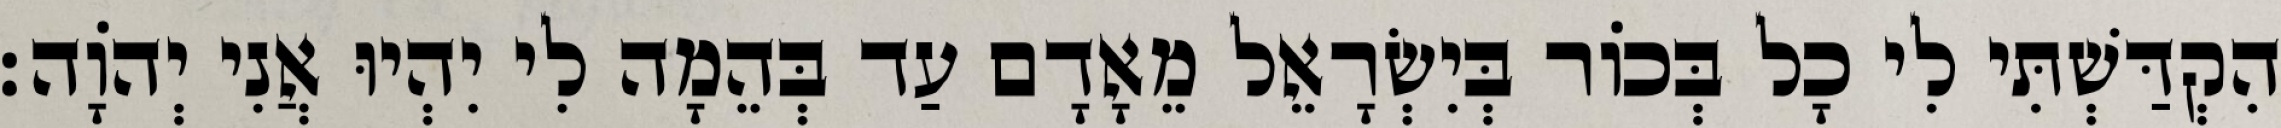
הִקְדַּשְׁתִּי לִי כָל בְּכוֹר בְּיִשְׂרָאֵל מֵאָדָם עַד בְּהֵמָה לִי יִהְיוּ אֲנִי יְהוָֹה׃